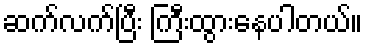
ဆက်လက်ပြီး ကြီးထွားနေပါတယ်။